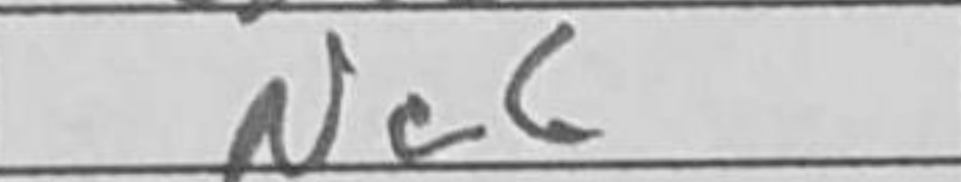
Transcription: Nc6